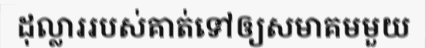
ដុល្លាររបស់គាត់ទៅឲ្យសមាគមមួយ